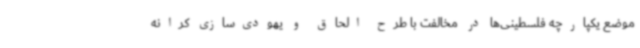
موضع یکپارچه فلسطینی‌ها در مخالفت با طرح الحاق و یهودی‌سازی کرانه